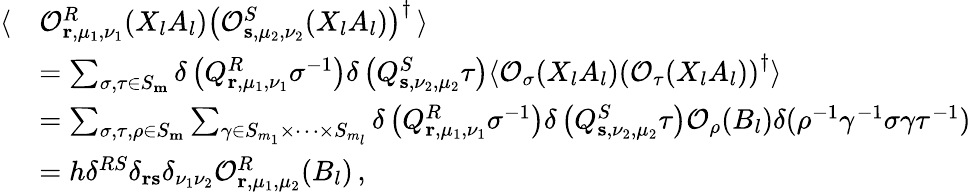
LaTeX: \begin{array}{rl}{\left\langle\right.}&{\mathcal{O}_{\mathbf{r},\mu_{1},\nu_{1}}^{R}(X_{l}A_{l})\left(\mathcal{O}_{\mathbf{s},\mu_{2},\nu_{2}}^{S}(X_{l}A_{l})\right)^{\dagger}\left.\right\rangle}\\ &{=\sum_{\sigma,\tau\in S_{\mathbf{m}}}\delta\left(Q_{\mathbf{r},\mu_{1},\nu_{1}}^{R}\sigma^{-1}\right)\delta\left(Q_{\mathbf{s},\nu_{2},\mu_{2}}^{S}\tau\right)\langle\mathcal{O}_{\sigma}(X_{l}A_{l})\left(\mathcal{O}_{\tau}(X_{l}A_{l})\right)^{\dagger}\rangle}\\ &{=\sum_{\sigma,\tau,\rho\in S_{\mathbf{m}}}\sum_{\gamma\in S_{m_{1}}\times\dots\times S_{m_{l}}}\delta\left(Q_{\mathbf{r},\mu_{1},\nu_{1}}^{R}\sigma^{-1}\right)\delta\left(Q_{\mathbf{s},\nu_{2},\mu_{2}}^{S}\tau\right)\mathcal{O}_{\rho}(B_{l})\delta(\rho^{-1}\gamma^{-1}\sigma\gamma\tau^{-1})}\\ &{=h\delta^{RS}\delta_{\mathbf{r}\mathbf{s}}\delta_{\nu_{1}\nu_{2}}\mathcal{O}_{\mathbf{r},\mu_{1},\mu_{2}}^{R}(B_{l})\, ,}\end{array}